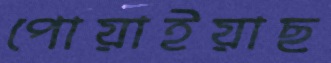
পোয়াইয়াছ